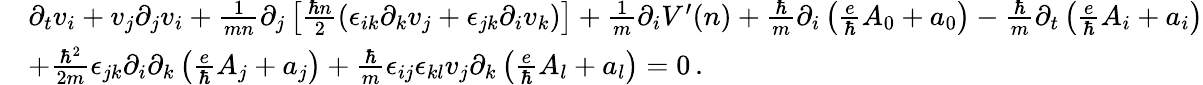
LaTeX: \begin{array}{rl}&{\partial_{t}v_{i}+v_{j}\partial_{j}v_{i}+\frac{1}{mn}\partial_{j}\left[\frac{\hbar n}{2}\left(\epsilon_{ik}\partial_{k}v_{j}+\epsilon_{jk}\partial_{i}v_{k}\right)\right]+\frac{1}{m}\partial_{i}V^{\prime}(n)+\frac{\hbar}{m}\partial_{i}\left(\frac{e}{\hbar}A_{0}+a_{0}\right)-\frac{\hbar}{m}\partial_{t}\left(\frac{e}{\hbar}A_{i}+a_{i}\right)}\\ &{+\frac{\hbar^{2}}{2m}\epsilon_{jk}\partial_{i}\partial_{k}\left(\frac{e}{\hbar}A_{j}+a_{j}\right)+\frac{\hbar}{m}\epsilon_{ij}\epsilon_{kl}v_{j}\partial_{k}\left(\frac{e}{\hbar}A_{l}+a_{l}\right)=0\, .}\end{array}